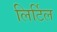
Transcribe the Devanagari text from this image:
लिर्टिल